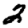
Digit: 2